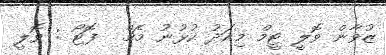
ޒުވާން ވޮލީ ޓީމް މިއަދު ކުޅުނު މެޗް  ފޮޓޯ : ވޮލީ